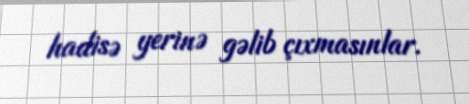
hadisə yerinə gəlib çıxmasınlar.